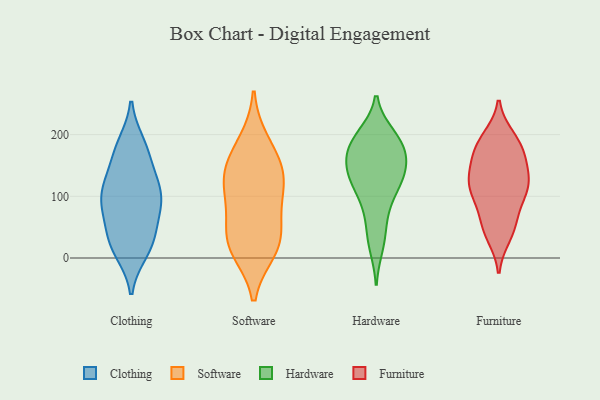
{"axis": {"x": "Budget (USD K)", "y": "Value"}, "legend": ["Clothing", "Furniture", "Hardware", "Software"], "data": [{"x": "", "y": 46, "type": "Clothing"}, {"x": "", "y": 111, "type": "Clothing"}, {"x": "", "y": 175, "type": "Clothing"}, {"x": "", "y": 31, "type": "Clothing"}, {"x": "", "y": 76, "type": "Clothing"}, {"x": "", "y": 11, "type": "Clothing"}, {"x": "", "y": 98, "type": "Clothing"}, {"x": "", "y": 135, "type": "Clothing"}, {"x": "", "y": 128, "type": "Clothing"}, {"x": "", "y": 184, "type": "Clothing"}, {"x": "", "y": 85, "type": "Clothing"}, {"x": "", "y": 174, "type": "Clothing"}, {"x": "", "y": 88, "type": "Clothing"}, {"x": "", "y": 14, "type": "Clothing"}, {"x": "", "y": 104, "type": "Clothing"}, {"x": "", "y": 28, "type": "Clothing"}, {"x": "", "y": 126, "type": "Software"}, {"x": "", "y": 107, "type": "Software"}, {"x": "", "y": 187, "type": "Software"}, {"x": "", "y": 147, "type": "Software"}, {"x": "", "y": 153, "type": "Software"}, {"x": "", "y": 28, "type": "Software"}, {"x": "", "y": 95, "type": "Software"}, {"x": "", "y": 14, "type": "Software"}, {"x": "", "y": 21, "type": "Software"}, {"x": "", "y": 46, "type": "Software"}, {"x": "", "y": 116, "type": "Hardware"}, {"x": "", "y": 161, "type": "Hardware"}, {"x": "", "y": 21, "type": "Hardware"}, {"x": "", "y": 93, "type": "Hardware"}, {"x": "", "y": 145, "type": "Hardware"}, {"x": "", "y": 195, "type": "Hardware"}, {"x": "", "y": 180, "type": "Hardware"}, {"x": "", "y": 187, "type": "Hardware"}, {"x": "", "y": 135, "type": "Hardware"}, {"x": "", "y": 115, "type": "Hardware"}, {"x": "", "y": 135, "type": "Hardware"}, {"x": "", "y": 198, "type": "Hardware"}, {"x": "", "y": 187, "type": "Hardware"}, {"x": "", "y": 140, "type": "Hardware"}, {"x": "", "y": 35, "type": "Hardware"}, {"x": "", "y": 166, "type": "Hardware"}, {"x": "", "y": 68, "type": "Hardware"}, {"x": "", "y": 104, "type": "Furniture"}, {"x": "", "y": 152, "type": "Furniture"}, {"x": "", "y": 162, "type": "Furniture"}, {"x": "", "y": 186, "type": "Furniture"}, {"x": "", "y": 62, "type": "Furniture"}, {"x": "", "y": 106, "type": "Furniture"}, {"x": "", "y": 110, "type": "Furniture"}, {"x": "", "y": 178, "type": "Furniture"}, {"x": "", "y": 124, "type": "Furniture"}, {"x": "", "y": 118, "type": "Furniture"}, {"x": "", "y": 58, "type": "Furniture"}, {"x": "", "y": 141, "type": "Furniture"}, {"x": "", "y": 37, "type": "Furniture"}, {"x": "", "y": 117, "type": "Furniture"}, {"x": "", "y": 194, "type": "Furniture"}, {"x": "", "y": 184, "type": "Furniture"}, {"x": "", "y": 44, "type": "Furniture"}]}